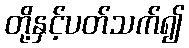
တို့နှင့်ပတ်သက်၍